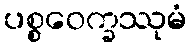
ပစ္စဝေက္ခဿုမံ